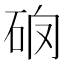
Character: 𥑩